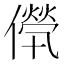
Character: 𠎽